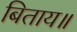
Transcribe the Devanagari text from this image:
बिताय॥